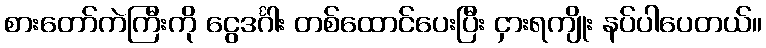
စားတော်ကဲကြီးကို ငွေဒင်္ဂါး တစ်ထောင်ပေးပြီး ငှားရကျိုး နပ်ပါပေတယ်။